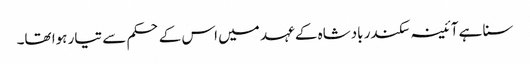
سنا ہے آئینہ سکندر بادشاہ کے عہد میں اس کے حکم سے تیار ہوا تھا۔